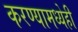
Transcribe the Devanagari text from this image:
करण्यामध्येही